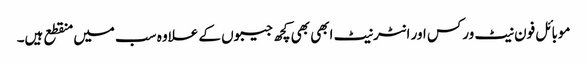
موبائل فون نیٹ ورکس اور انٹرنیٹ ابھی بھی کچھ جیبوں کے علاوہ سب میں منقطع ہیں۔